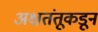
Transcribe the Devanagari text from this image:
अक्षतंतूकडून